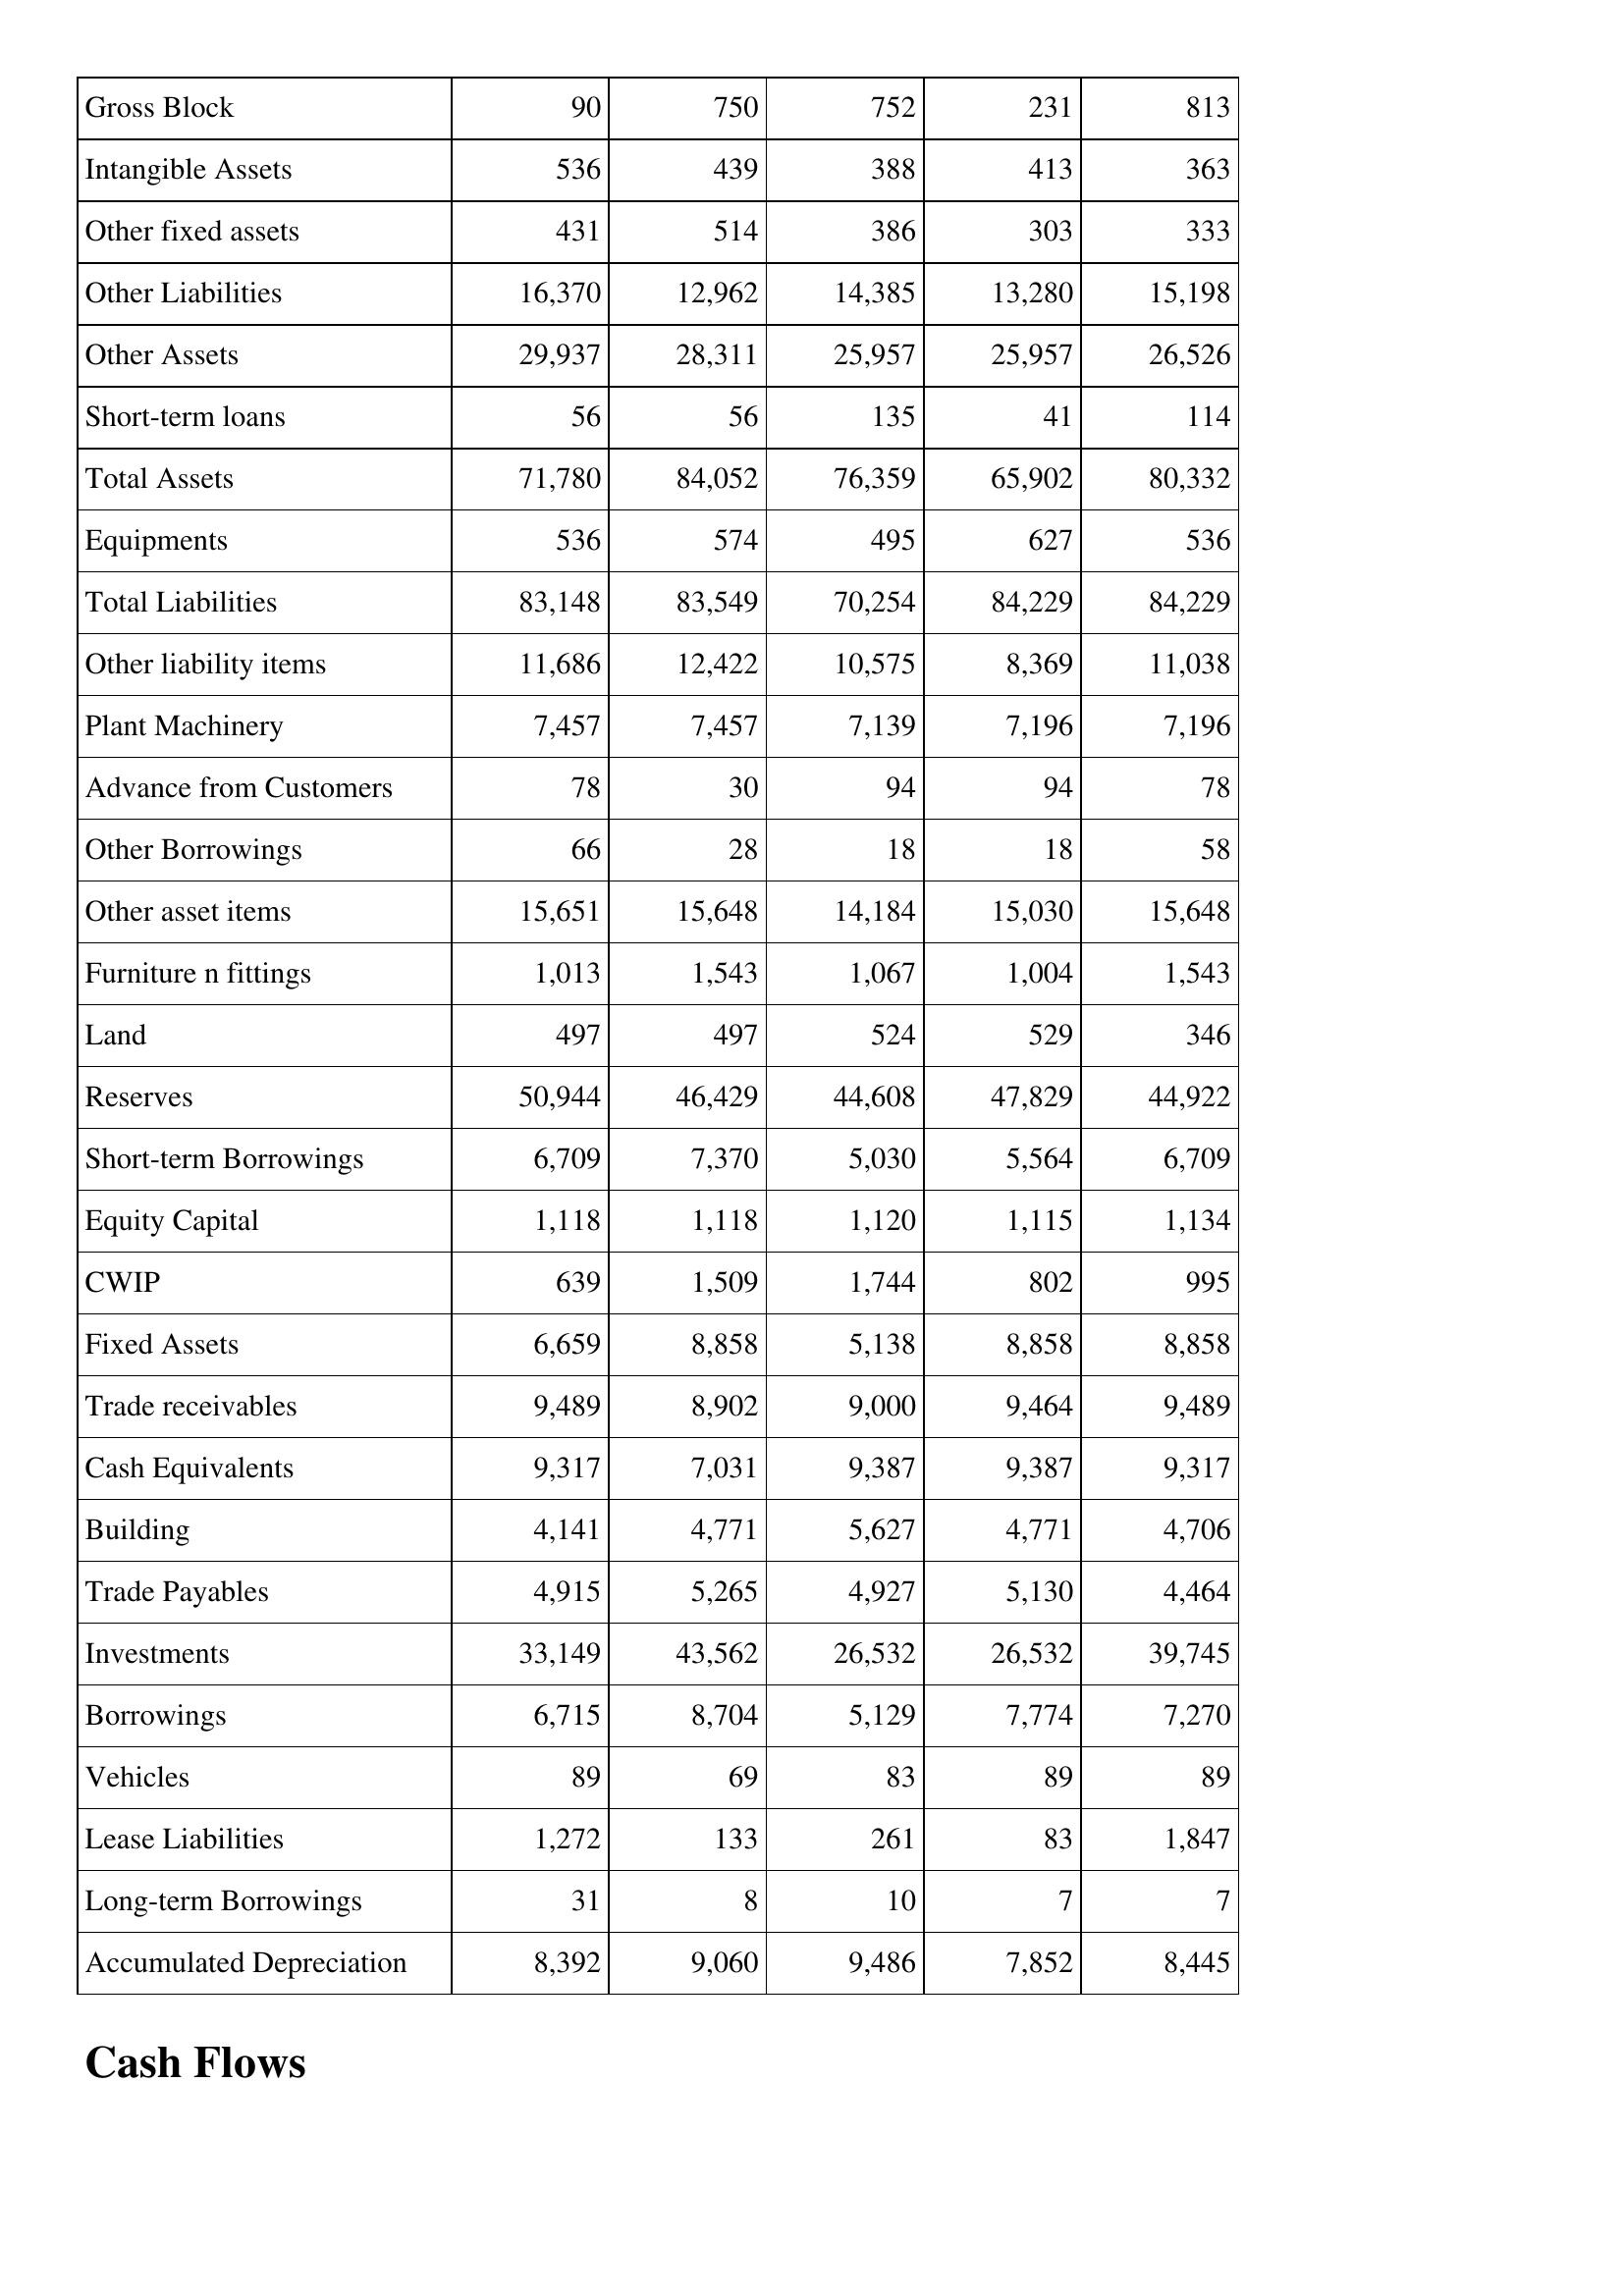
Mar-10: Balance Sheet: Gross Block: 90
Intangible Assets: 536
Other fixed assets: 431
Other Liabilities: 16,370
Other Assets: 29,937
Short-term loans: 56
Total Assets: 71,780
Equipments: 536
Total Liabilities: 83,148
Other liability items: 11,686
Plant Machinery: 7,457
Advance from Customers: 78
Other Borrowings: 66
Other asset items: 15,651
Furniture n fittings: 1,013
Land: 497
Reserves: 50,944
Short-term Borrowings: 6,709
Equity Capital: 1,118
CWIP: 639
Fixed Assets: 6,659
Trade receivables: 9,489
Cash Equivalents: 9,317
Building: 4,141
Trade Payables: 4,915
Investments: 33,149
Borrowings: 6,715
Vehicles: 89
Lease Liabilities: 1,272
Long-term Borrowings: 31
Accumulated Depreciation: 8,392
Mar-11: Balance Sheet: Gross Block: 750
Intangible Assets: 439
Other fixed assets: 514
Other Liabilities: 12,962
Other Assets: 28,311
Short-term loans: 56
Total Assets: 84,052
Equipments: 574
Total Liabilities: 83,549
Other liability items: 12,422
Plant Machinery: 7,457
Advance from Customers: 30
Other Borrowings: 28
Other asset items: 15,648
Furniture n fittings: 1,543
Land: 497
Reserves: 46,429
Short-term Borrowings: 7,370
Equity Capital: 1,118
CWIP: 1,509
Fixed Assets: 8,858
Trade receivables: 8,902
Cash Equivalents: 7,031
Building: 4,771
Trade Payables: 5,265
Investments: 43,562
Borrowings: 8,704
Vehicles: 69
Lease Liabilities: 133
Long-term Borrowings: 8
Accumulated Depreciation: 9,060
Mar-12: Balance Sheet: Gross Block: 752
Intangible Assets: 388
Other fixed assets: 386
Other Liabilities: 14,385
Other Assets: 25,957
Short-term loans: 135
Total Assets: 76,359
Equipments: 495
Total Liabilities: 70,254
Other liability items: 10,575
Plant Machinery: 7,139
Advance from Customers: 94
Other Borrowings: 18
Other asset items: 14,184
Furniture n fittings: 1,067
Land: 524
Reserves: 44,608
Short-term Borrowings: 5,030
Equity Capital: 1,120
CWIP: 1,744
Fixed Assets: 5,138
Trade receivables: 9,000
Cash Equivalents: 9,387
Building: 5,627
Trade Payables: 4,927
Investments: 26,532
Borrowings: 5,129
Vehicles: 83
Lease Liabilities: 261
Long-term Borrowings: 10
Accumulated Depreciation: 9,486
Mar-13: Balance Sheet: Gross Block: 231
Intangible Assets: 413
Other fixed assets: 303
Other Liabilities: 13,280
Other Assets: 25,957
Short-term loans: 41
Total Assets: 65,902
Equipments: 627
Total Liabilities: 84,229
Other liability items: 8,369
Plant Machinery: 7,196
Advance from Customers: 94
Other Borrowings: 18
Other asset items: 15,030
Furniture n fittings: 1,004
Land: 529
Reserves: 47,829
Short-term Borrowings: 5,564
Equity Capital: 1,115
CWIP: 802
Fixed Assets: 8,858
Trade receivables: 9,464
Cash Equivalents: 9,387
Building: 4,771
Trade Payables: 5,130
Investments: 26,532
Borrowings: 7,774
Vehicles: 89
Lease Liabilities: 83
Long-term Borrowings: 7
Accumulated Depreciation: 7,852
Mar-14: Balance Sheet: Gross Block: 813
Intangible Assets: 363
Other fixed assets: 333
Other Liabilities: 15,198
Other Assets: 26,526
Short-term loans: 114
Total Assets: 80,332
Equipments: 536
Total Liabilities: 84,229
Other liability items: 11,038
Plant Machinery: 7,196
Advance from Customers: 78
Other Borrowings: 58
Other asset items: 15,648
Furniture n fittings: 1,543
Land: 346
Reserves: 44,922
Short-term Borrowings: 6,709
Equity Capital: 1,134
CWIP: 995
Fixed Assets: 8,858
Trade receivables: 9,489
Cash Equivalents: 9,317
Building: 4,706
Trade Payables: 4,464
Investments: 39,745
Borrowings: 7,270
Vehicles: 89
Lease Liabilities: 1,847
Long-term Borrowings: 7
Accumulated Depreciation: 8,445